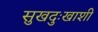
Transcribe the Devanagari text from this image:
सुखदुःखाशी